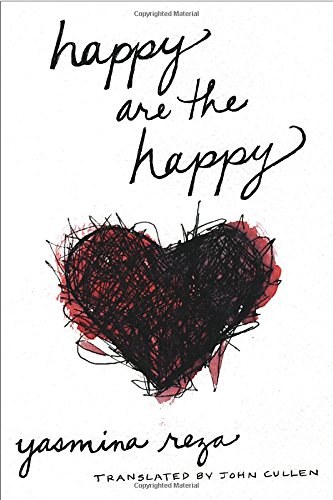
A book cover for Happy are the Happy; Yasmina Reza; Literature & Fiction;